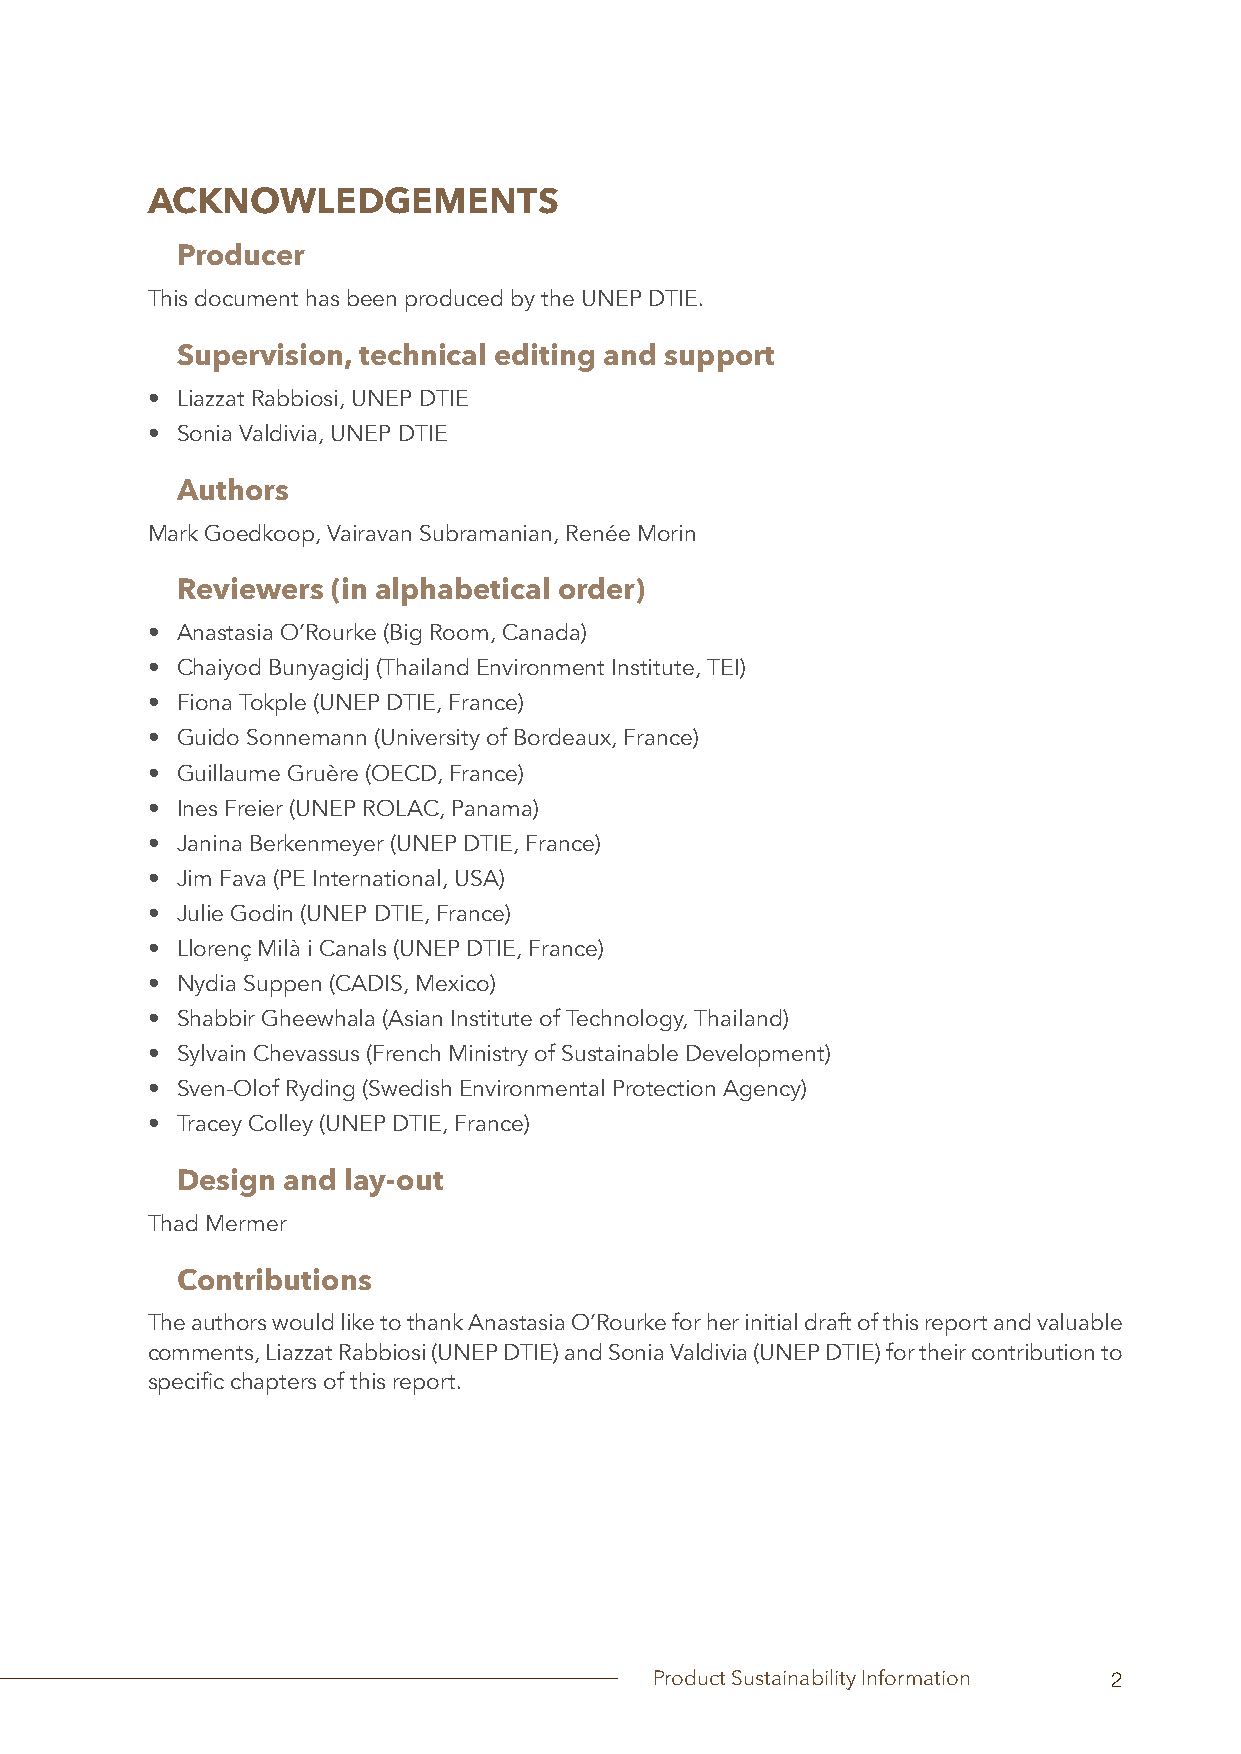
ACKNOWLEDGEMENTS
 Producer
 This document has been produced by the UNEP DTIE.
 Supervision, technical editing and support
 • Liazzat Rabbiosi, UNEP DTIE
 • Sonia Valdivia, UNEP DTIE
 Authors
 Mark Goedkoop, Vairavan Subramanian, Renée Morin
 Reviewers (in alphabetical order)
 • Anastasia O’Rourke (Big Room, Canada)
 • Chaiyod Bunyagidj (Thailand Environment Institute, TEI)
 • Fiona Tokple (UNEP DTIE, France)
 • Guido Sonnemann (University of Bordeaux, France)
 • Guillaume Gruère (OECD, France)
 • Ines Freier (UNEP ROLAC, Panama)
 • Janina Berkenmeyer (UNEP DTIE, France)
 • Jim Fava (PE International, USA)
 • Julie Godin (UNEP DTIE, France)
 • Llorenç Milà i Canals (UNEP DTIE, France)
 • Nydia Suppen (CADIS, Mexico)
 • Shabbir Gheewhala (Asian Institute of Technology, Thailand)
 • Sylvain Chevassus (French Ministry of Sustainable Development)
 • Sven-Olof Ryding (Swedish Environmental Protection Agency)
 • Tracey Colley (UNEP DTIE, France)
 Design and lay-out
 Thad Mermer
 Contributions
 The authors would like to thank Anastasia O’Rourke for her initial draft of this report and valuable
 comments, Liazzat Rabbiosi (UNEP DTIE) and Sonia Valdivia (UNEP DTIE) for their contribution to
 specific chapters of this report.
 Product Sustainability Information 2